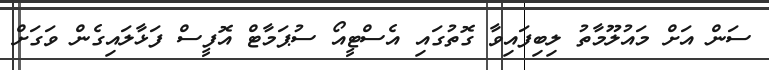
ސަން އަށް މައުލޫމާތު ލިބިފައިވާ ގޮތުގައި އެސްޓީއޯ ސުޕަމާޓް އޮފީސް ފަޅާލައިގެން ވަގަށް